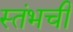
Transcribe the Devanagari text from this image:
स्तंभची